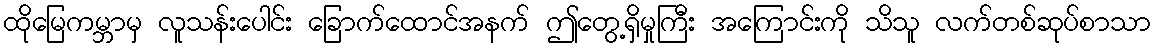
ထိုမြေကမ္ဘာမှ လူသန်းပေါင်း ခြောက်ထောင်အနက် ဤတွေ့ရှိမှုကြီး အကြောင်းကို သိသူ လက်တစ်ဆုပ်စာသာ